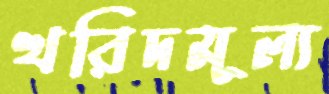
খরিদমূল্য